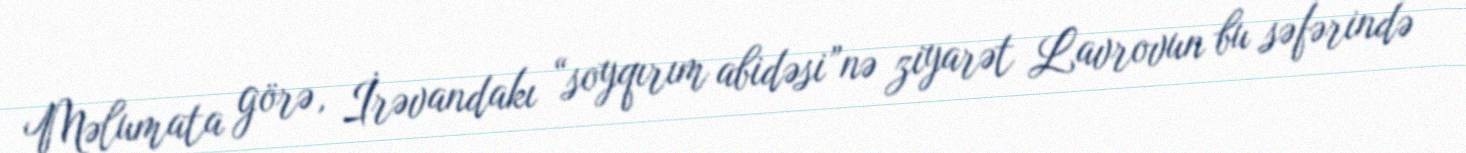
Məlumata görə, İrəvandakı “soyqırım abidəsi”nə ziyarət Lavrovun bu səfərində